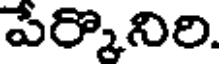
పేర్కొనిరి.